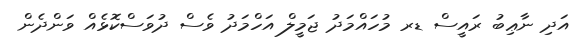
އަދި ނާޢިބު ރައީސް ޑރ މުހައްމަދު ޖަމީލް އަހްމަދު ވެސް ދުވަސްކޮޅެއް ވަންދެން